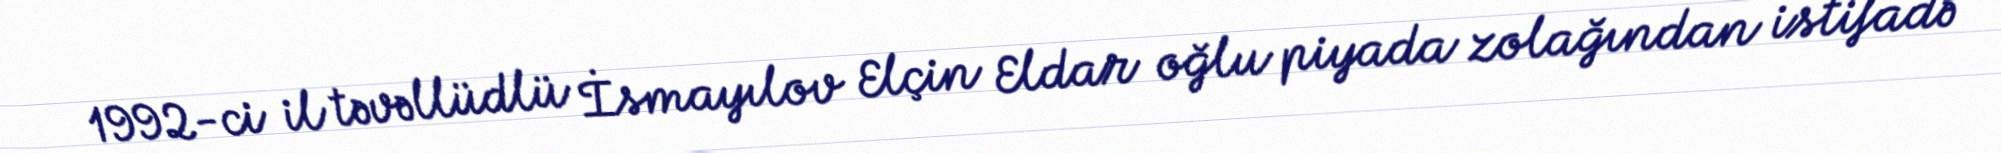
1992-ci il təvəllüdlü İsmayılov Elçin Eldar oğlu piyada zolağından istifadə